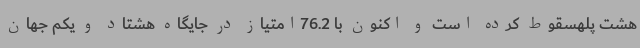
هشت پلهسقوط کرده است و اکنون با 76.2امتیاز در جایگاه هشتاد و یکم جهان